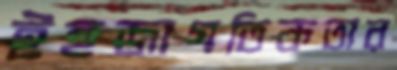
ইহজাগতিকতার